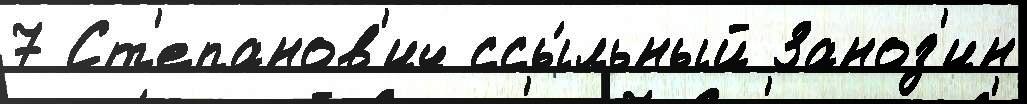
7 Ст'епанов'ич ссы́льный Заноз'ин